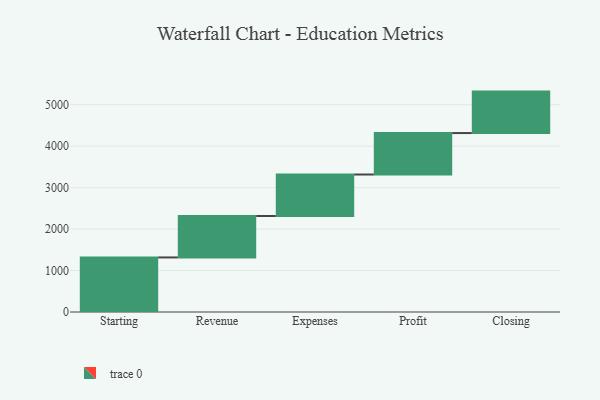
{"axis": {"x": "Step", "y": "Value"}, "legend": [""], "data": [{"x": "Starting", "y": 1316.0, "type": ""}, {"x": "Revenue", "y": 1000, "type": ""}, {"x": "Expenses", "y": 1000, "type": ""}, {"x": "Profit", "y": 1000, "type": ""}, {"x": "Closing", "y": 1000, "type": ""}]}